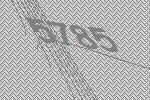
5785